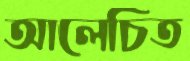
আলেচিত